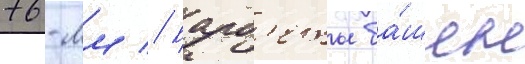
76-мм // Барб'еты ба́шен